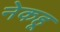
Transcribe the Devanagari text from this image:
नेकहू